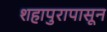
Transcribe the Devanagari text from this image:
शहापुरापासून